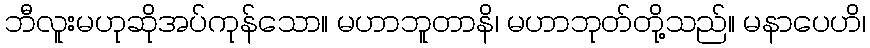
ဘီလူးမဟုဆိုအပ်ကုန်သော။ မဟာဘူတာနိ၊ မဟာဘုတ်တို့သည်။ မနာပေဟိ၊